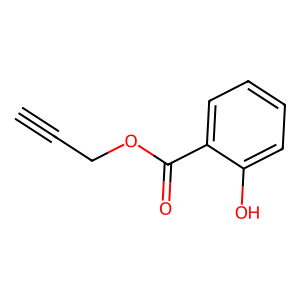
SMILES: C#CCOC(=O)c1ccccc1O
Inhibits HIV replication: No